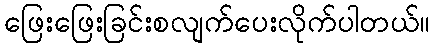
ဖြေးဖြေးခြင်းစလျက်ပေးလိုက်ပါတယ်။